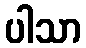
ပါသာ